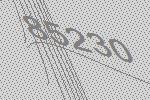
85230